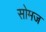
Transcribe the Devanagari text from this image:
सोमज